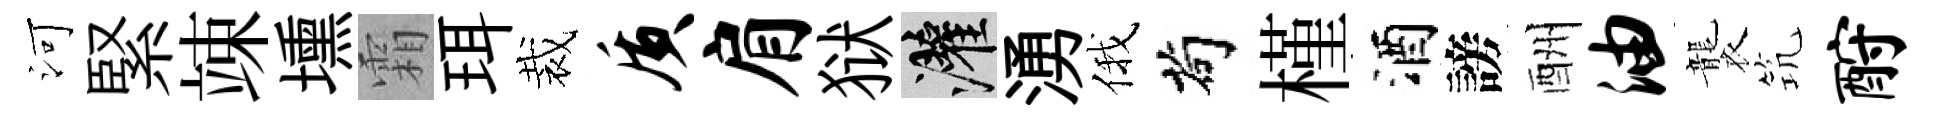
河緊竦壎霜珥裁质肩狱灌湧俄茍槿酒謗酬油襲𥬑酹